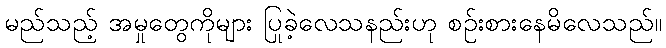
မည်သည့် အမှုတွေကိုများ ပြုခဲ့လေသနည်းဟု စဉ်းစားနေမိလေသည်။